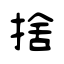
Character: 捨